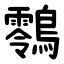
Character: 䴇